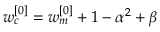
w _ { c } ^ { [ 0 ] } = w _ { m } ^ { [ 0 ] } + 1 - \alpha ^ { 2 } + \beta